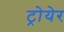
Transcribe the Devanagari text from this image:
ट्रोयेर